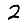
Digit: 2